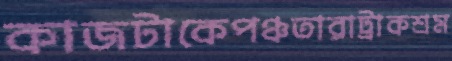
কাজটাকেপঞ্চতারাট্রাকশ্রম